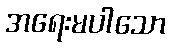
အရေးမပါသော